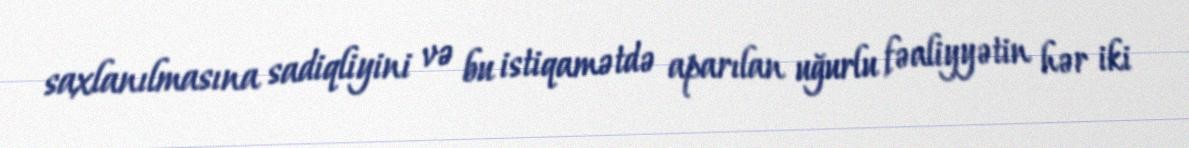
saxlanılmasına sadiqliyini və bu istiqamətdə aparılan uğurlu fəaliyyətin hər iki